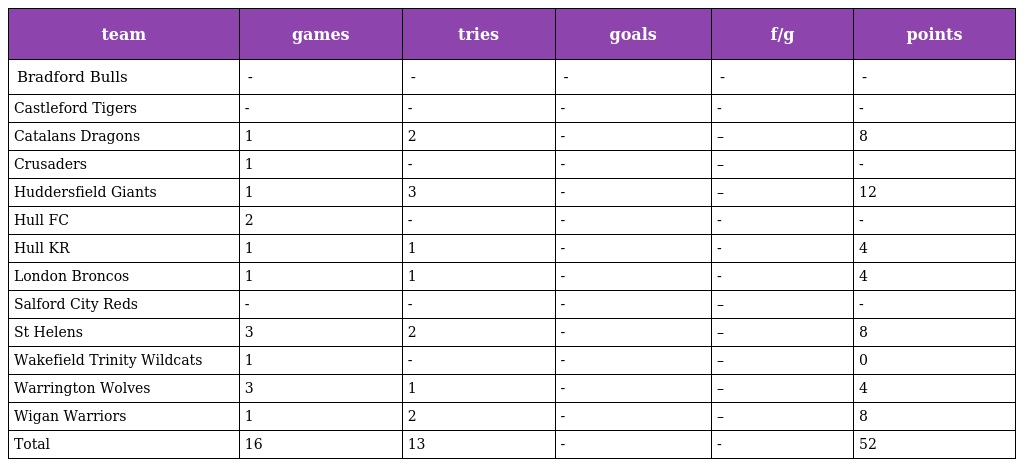
| team | games | tries | goals | f/g | points |
 | --- | --- | --- | --- | --- | --- |
 | Bradford Bulls | - | - | - | - | - |
 | Castleford Tigers | - | - | - | - | - |
 | Catalans Dragons | 1 | 2 | - | – | 8 |
 | Crusaders | 1 | - | - | – | - |
 | Huddersfield Giants | 1 | 3 | - | – | 12 |
 | Hull FC | 2 | - | - | - | - |
 | Hull KR | 1 | 1 | - | - | 4 |
 | London Broncos | 1 | 1 | - | - | 4 |
 | Salford City Reds | - | - | - | – | - |
 | St Helens | 3 | 2 | - | – | 8 |
 | Wakefield Trinity Wildcats | 1 | - | - | – | 0 |
 | Warrington Wolves | 3 | 1 | - | – | 4 |
 | Wigan Warriors | 1 | 2 | - | – | 8 |
 | Total | 16 | 13 | - | - | 52 |